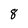
Character: 8